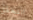
التحقق